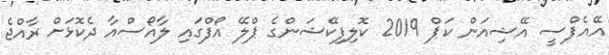
އޭއެފްސީ އޭޝިއަން ކަޕް 2019 ކޮލިފިކޭޝަންގެ ޕްލޭ އޯފްގައި ލާއޯސްއާ ދެކޮޅަށް ރާއްޖެ